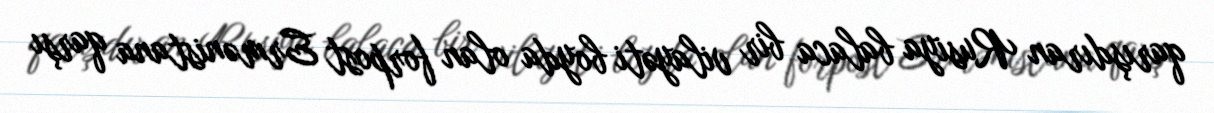
qarışdıran Rusiya balaca bir vilayəti boyda olan forpost Ermənistana qarşı